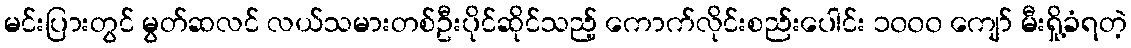
မင်းပြားတွင် မွတ်ဆလင် လယ်သမားတစ်ဦးပိုင်ဆိုင်သည့် ကောက်လိုင်းစည်းပေါင်း ၁၀၀၀ ကျော် မီးရှို့ခံရတဲ့